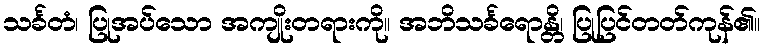
သင်္ခတံ၊ ပြုအပ်သော အကျိုးတရားကို။ အဘိသင်္ခရောန္တိ၊ ပြုပြင်တတ်ကုန်၏။